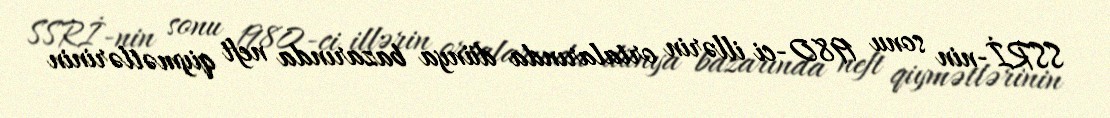
SSRİ-nin sonu 1980-ci illərin ortalarında dünya bazarında neft qiymətlərinin